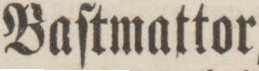
Baſtmattor,